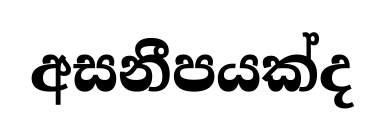
අසනීපයක්ද